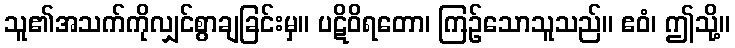
သူ၏အသက်ကိုလျှင်စွာချခြင်းမှ။ ပဋိဝိရတော၊ ကြဉ်သောသူသည်။ ဧဝံ၊ ဤသို့။